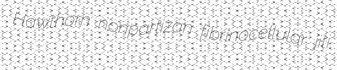
Hawthorn nonpartizan fibrinocellular jiti